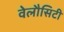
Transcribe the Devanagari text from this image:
वेलौसिटी